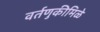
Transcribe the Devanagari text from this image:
वर्तणुकीमिळे